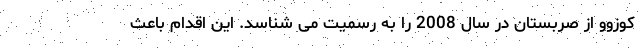
کوزوو از صربستان در سال 2008 را به رسمیت می شناسد. این اقدام باعث